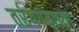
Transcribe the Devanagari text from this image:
तरंगण्याच्या